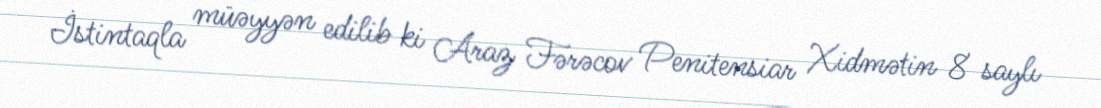
İstintaqla müəyyən edilib ki Araz Fərəcov Penitensiar Xidmətin 8 saylı